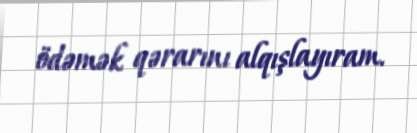
ödəmək qərarını alqışlayıram.